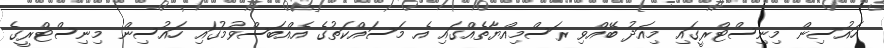
ހައުސިން މިނިސްޓްރީގައި މިއަދު ބޭއްވި ރަސްމިއްޔާތެއްގައި އެ މަސައްކަތުގެ އެއްބަސްވުމުގައި ހައުސިން މިނިސްޓްރީގެ